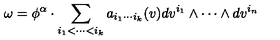
\omega = \phi ^ { \alpha } \cdot \sum _ { i _ { 1 } < \cdots < i _ { k } } a _ { i _ { 1 } \cdots i _ { k } } ( v ) d v ^ { i _ { 1 } } \wedge \cdots \wedge d v ^ { i _ { n } }